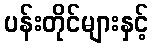
ပန်းတိုင်များနှင့်